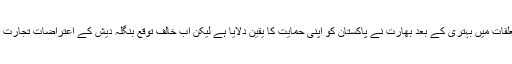
حالیہ مہینوں کے دوران دونوں ہمسایہ ممالک کے تعلقات میں بہتری کے بعد بھارت نے پاکستان کو اپنی حمایت کا یقین دلایا ہے لیکن اب خالف توقع بنگلہ دیش کے اعتراضات تجارت کے مجوزہ رعایتی پیکج میں رکاوٹ بنے ہوئے ہیں۔